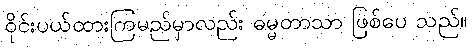
ဝိုင်းပယ်ထားကြမည်မှာလည်း ဓမ္မတာသာ ဖြစ်ပေ သည်။